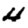
Digit: 4